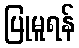
ပြုမူရန်